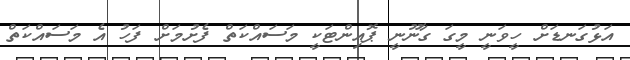
އަޅުގަނޑަށް ހީވަނީ މީގަ ގާނޫނީ ޕޮއިންޓަކީ މަސައްކަތް ފެށުމަށް ފަހު އެ މަސައްކަތް